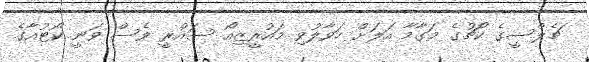
ޗެލްސީގެ ކޯޗުގެ މަގާމާ އަލަށް ހަވާލުވި މައުރީޒިއޯ ސައްރީ ވެސް ވަނީ ކޯޓުއާގެ